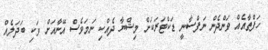
ހަފްތާއެއް ވަންދެން ނަފްސާނީ ޑަކްޓަރަކަށް މިޝްޔާ ދެއްކި ނަމަވެސް އޭނާއަށް ވަކި ބަދަލެއް